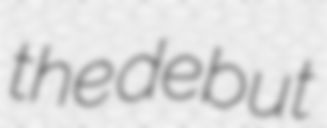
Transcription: the debut